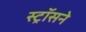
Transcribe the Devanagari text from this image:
स्ट्रॉसने